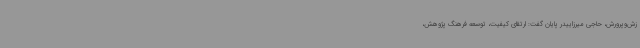
زش‌وپرورش، حاجی میرزاییدر پایان گفت: ارتقای کیفیت، توسعه فرهنگ پژوهش،